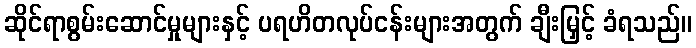
ဆိုင်ရာစွမ်းဆောင်မှုများနှင့် ပရဟိတလုပ်ငန်းများအတွက် ချီးမြှင့် ခံရသည်။